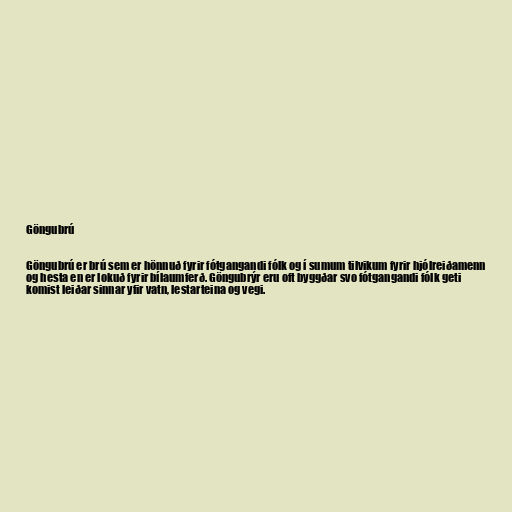
Göngubrú

Göngubrú er brú sem er hönnuð fyrir fótgangandi fólk og í sumum tilvikum fyrir hjólreiðamenn
og hesta en er lokuð fyrir bílaumferð. Göngubrýr eru oft byggðar svo fótgangandi fólk geti
komist leiðar sinnar yfir vatn, lestarteina og vegi.